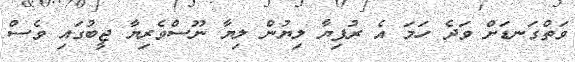
ވަތްގަނޑަށް ވަދެ ހަމަ އެ ރުފިޔާ ލިޔުން ލިޔާ ނޫސްވެރިޔާ ޖީބުގައި ވެސް